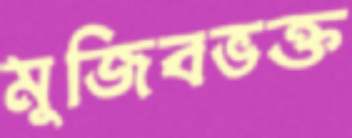
মুজিবভক্ত